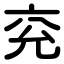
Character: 兖